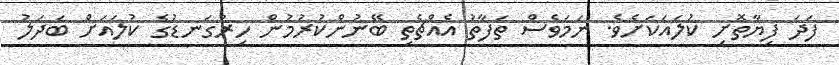
ފަދަ ފިޔާތޮށި ކުލައަކަށެވެ. ނަމަވެސް ތަފާތު އެއްޗެތި ބޭނުންކުރުމުން ހިރުގަނޑުގެ ކުލައަށް ބަދަލު